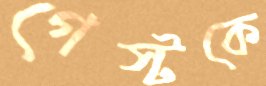
গেস্টকে